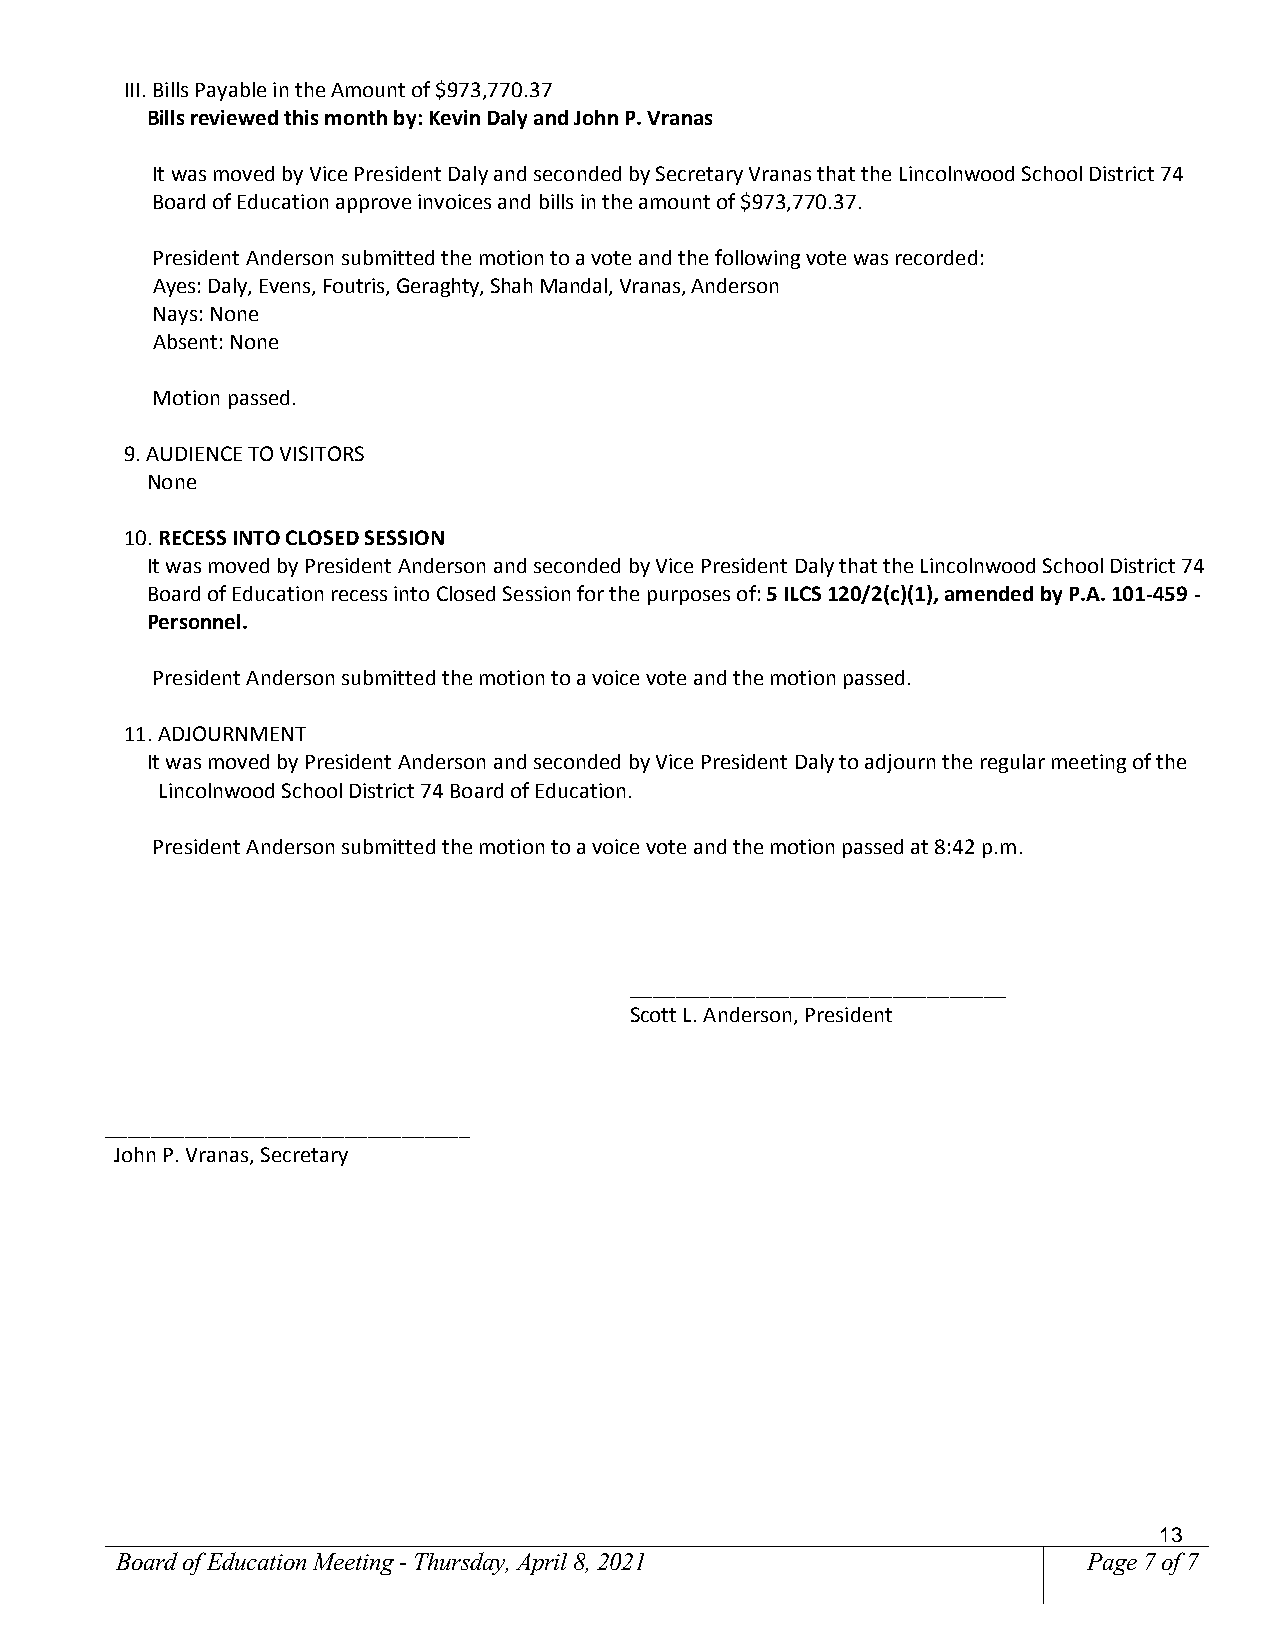
III. Bills Payable in the Amount of $973,770.37
 Bills reviewed this month by: Kevin Daly and John P. Vranas
 It was moved by Vice President Daly and seconded by Secretary Vranas that the Lincolnwood School District 74
 Board of Education approve invoices and bills in the amount of $973,770.37.
 President Anderson submitted the motion to a vote and the following vote was recorded:
 Ayes: Daly, Evens, Foutris, Geraghty, Shah Mandal, Vranas, Anderson
 Nays: None
 Absent: None
 Motion passed.
 9. AUDIENCE TO VISITORS
 None
 10. RECESS INTO CLOSED SESSION
 It was moved by President Anderson and seconded by Vice President Daly that the Lincolnwood School District 74
 Board of Education recess into Closed Session for the purposes of: 5 ILCS 120/2(c)(1), amended by P.A. 101-459 -
 Personnel.
 President Anderson submitted the motion to a voice vote and the motion passed.
 11. ADJOURNMENT
 It was moved by President Anderson and seconded by Vice President Daly to adjourn the regular meeting of the
 Lincolnwood School District 74 Board of Education.
 President Anderson submitted the motion to a voice vote and the motion passed at 8:42 p.m.
 _________________________________
 Scott L. Anderson, President
 ________________________________
 John P. Vranas, Secretary
 13
 Board of Education Meeting - Thursday, April 8, 2021            Page 7 of 7